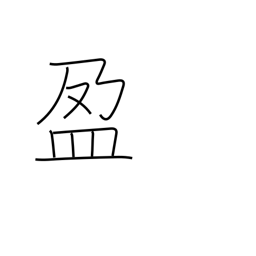
Meaning: fullness